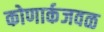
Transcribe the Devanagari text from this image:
कोणार्कजवळ